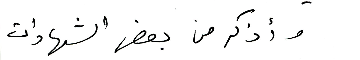
وأذكر من بعض الشهادات